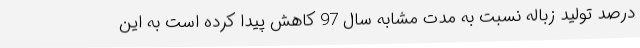
درصد تولید زباله نسبت به مدت مشابه سال 97 کاهش پیدا کرده است به این